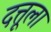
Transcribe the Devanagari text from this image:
दत्तूला